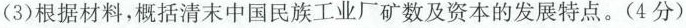
(3)根据材料，概括清末中国民族工业厂矿数及资本的发展特点。(4分)